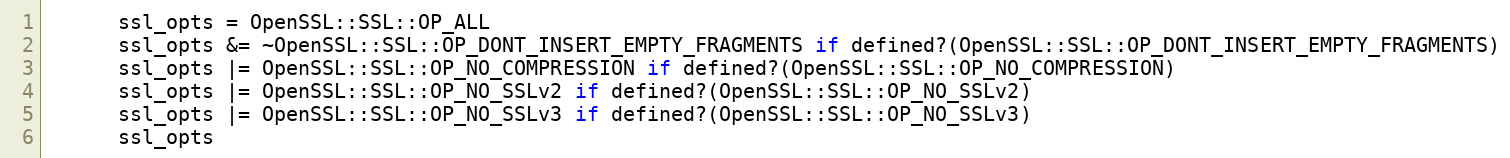
Language: Ruby
      ssl_opts = OpenSSL::SSL::OP_ALL
      ssl_opts &= ~OpenSSL::SSL::OP_DONT_INSERT_EMPTY_FRAGMENTS if defined?(OpenSSL::SSL::OP_DONT_INSERT_EMPTY_FRAGMENTS)
      ssl_opts |= OpenSSL::SSL::OP_NO_COMPRESSION if defined?(OpenSSL::SSL::OP_NO_COMPRESSION)
      ssl_opts |= OpenSSL::SSL::OP_NO_SSLv2 if defined?(OpenSSL::SSL::OP_NO_SSLv2)
      ssl_opts |= OpenSSL::SSL::OP_NO_SSLv3 if defined?(OpenSSL::SSL::OP_NO_SSLv3)
      ssl_opts